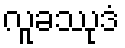
လူခဿုဒံ